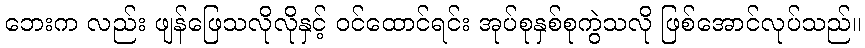
ဘေးက လည်း ဖျန်ဖြေသလိုလိုနှင့် ဝင်ထောင်ရင်း အုပ်စုနှစ်စုကွဲသလို ဖြစ်အောင်လုပ်သည်။